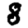
Digit: 8